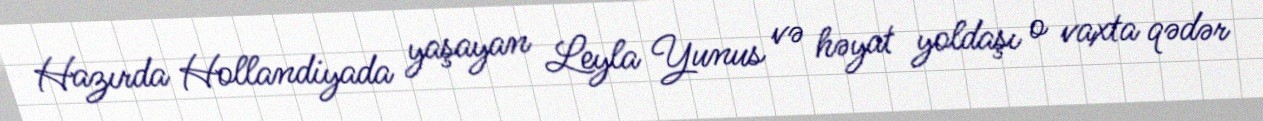
Hazırda Hollandiyada yaşayan Leyla Yunus və həyat yoldaşı o vaxta qədər